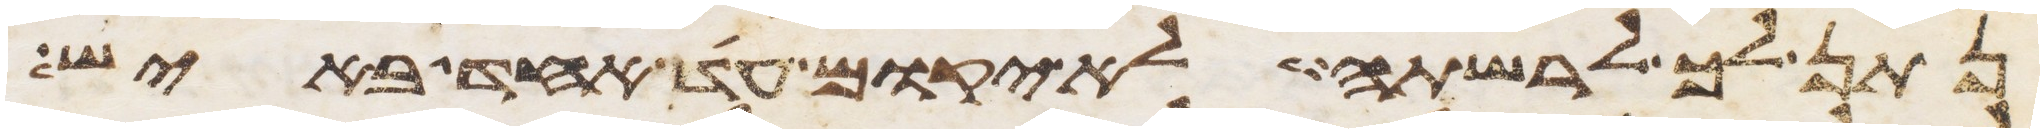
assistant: נתן לך לרשתה לא יקום עד אחד באיש